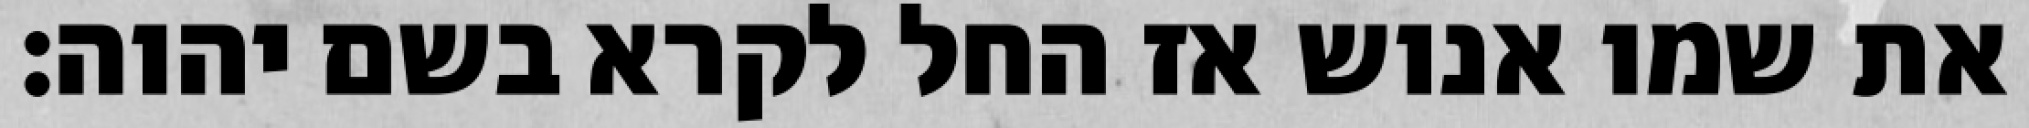
את שמו אנוש אז החל לקרא בשם יהוה׃